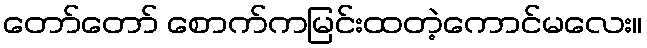
တော်တော် စောက်ကမြင်းထတဲ့ကောင်မလေး။